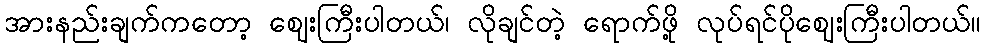
အားနည်းချက်ကတော့ ဈေးကြီးပါတယ်၊ လိုချင်တဲ့ ရောက်ဖို့ လုပ်ရင်ပိုဈေးကြီးပါတယ်။